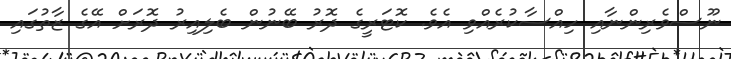
ނޫސްވެރިންނާއި ހިއްސާކުރެއްވި އެވެ. ކޮޓަރީގެ ދޮރު ބޭނުން ބެލިއިރު ދޮރަށް އޭގެ ޒާތުގައި